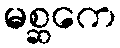
မစ္ဆကေ